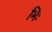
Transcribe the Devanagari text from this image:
भिः